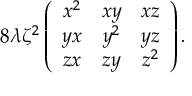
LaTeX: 8 \lambda \zeta ^ { 2 } \left( \begin{array} { c c c } { { x ^ { 2 } } } & { { x y } } & { { x z } } \\ { { y x } } & { { y ^ { 2 } } } & { { y z } } \\ { { z x } } & { { z y } } & { { z ^ { 2 } } } \end{array} \right) .